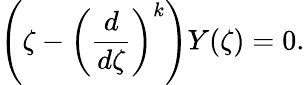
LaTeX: \left(\zeta-\left(\frac{d}{d\zeta}\right)^{k}\right)Y(\zeta)=0.